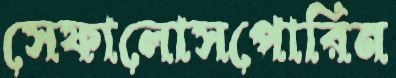
সেফালোসপোরিন